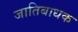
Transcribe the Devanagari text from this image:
जातिबाधक